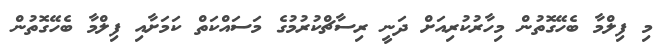
މި ފިލްމާ ބެހޭގޮތުން މިހާރުކުރިއަށް ދަނީ ރިސާޗްކުރުމުގެ މަސައްކަތް ކަމަށާއި ފިލްމާ ބެހޭގޮތުން